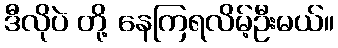
ဒီလိုပဲ တို့ နေကြရလိမ့်ဦးမယ်။